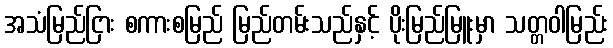
အသံမြည်ငြား စကားစမြည် မြည်တမ်းသည်နှင့် ပိုးမြည်မြူးမှာ သတ္တဝါမြည်း